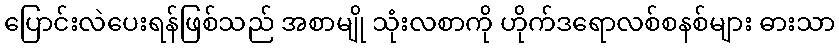
ပြောင်းလဲပေးရန်ဖြစ်သည် အစာမျို သုံးလစာကို ဟိုက်ဒရောလစ်စနစ်များ ဓားသာ